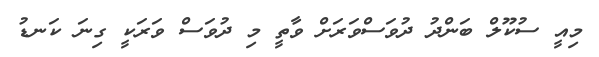
މިއީ ސުކޫލް ބަންދު ދުވަސްވަރަށް ވާތީ މި ދުވަސް ވަރަކީ ގިނަ ކަނޑު